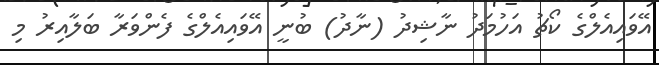
އޭވައިއެލްގެ ކޯޗު އަހުމަދު ނާޝިދު (ނާދު) ބުނީ އޭވައިއެލްގެ ފެންވަރާ ބަލާއިރު މި